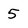
Character: 5